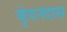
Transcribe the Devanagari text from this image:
कुंदनदास